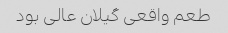
طعم واقعی گیلان عالی بود